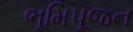
ભૂમિપૂજન